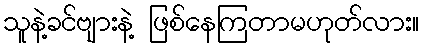
သူနဲ့ခင်ဗျားနဲ့ ဖြစ်နေကြတာမဟုတ်လား။